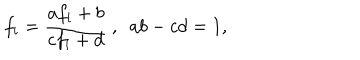
f _ { i } = \frac { a f _ { i } + b } { c f _ { i } + d } ~ , ~ ~ a b - c d = 1 ,